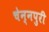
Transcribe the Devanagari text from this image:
चेन्नपुरी